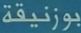
بوزنيقة